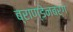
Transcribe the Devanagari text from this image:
ब्राण्डेनबर्ग